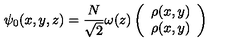
\psi _ { 0 } ( x , y , z ) = \frac { N } { \sqrt { 2 } } \omega ( z ) \left( \begin{array} { c c } { \rho ( x , y ) } \\ { \rho ( x , y ) } \\ \end{array} \right)